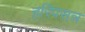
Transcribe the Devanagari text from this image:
हरिपसन्न